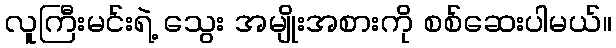
လူကြီးမင်းရဲ့ သွေး အမျိုးအစားကို စစ်ဆေးပါမယ်။